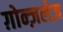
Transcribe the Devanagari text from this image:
ग़ोन्ज़लेज़